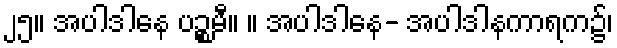
၂၅။ အပါဒါနေ ပဉ္စမီ။ ။ အပါဒါနေ- အပါဒါနကာရက၌၊